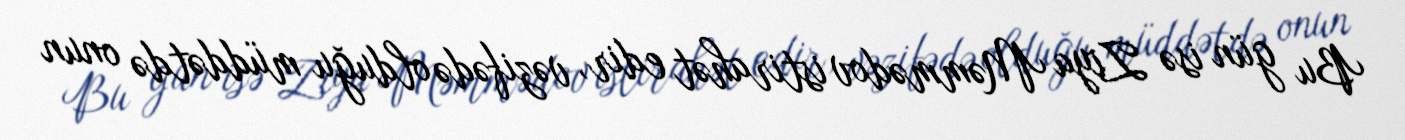
Bu gün isə Ziya Məmmədov istirahət edir, vəzifədə olduğu müddətdə onun